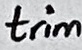
Text: trim